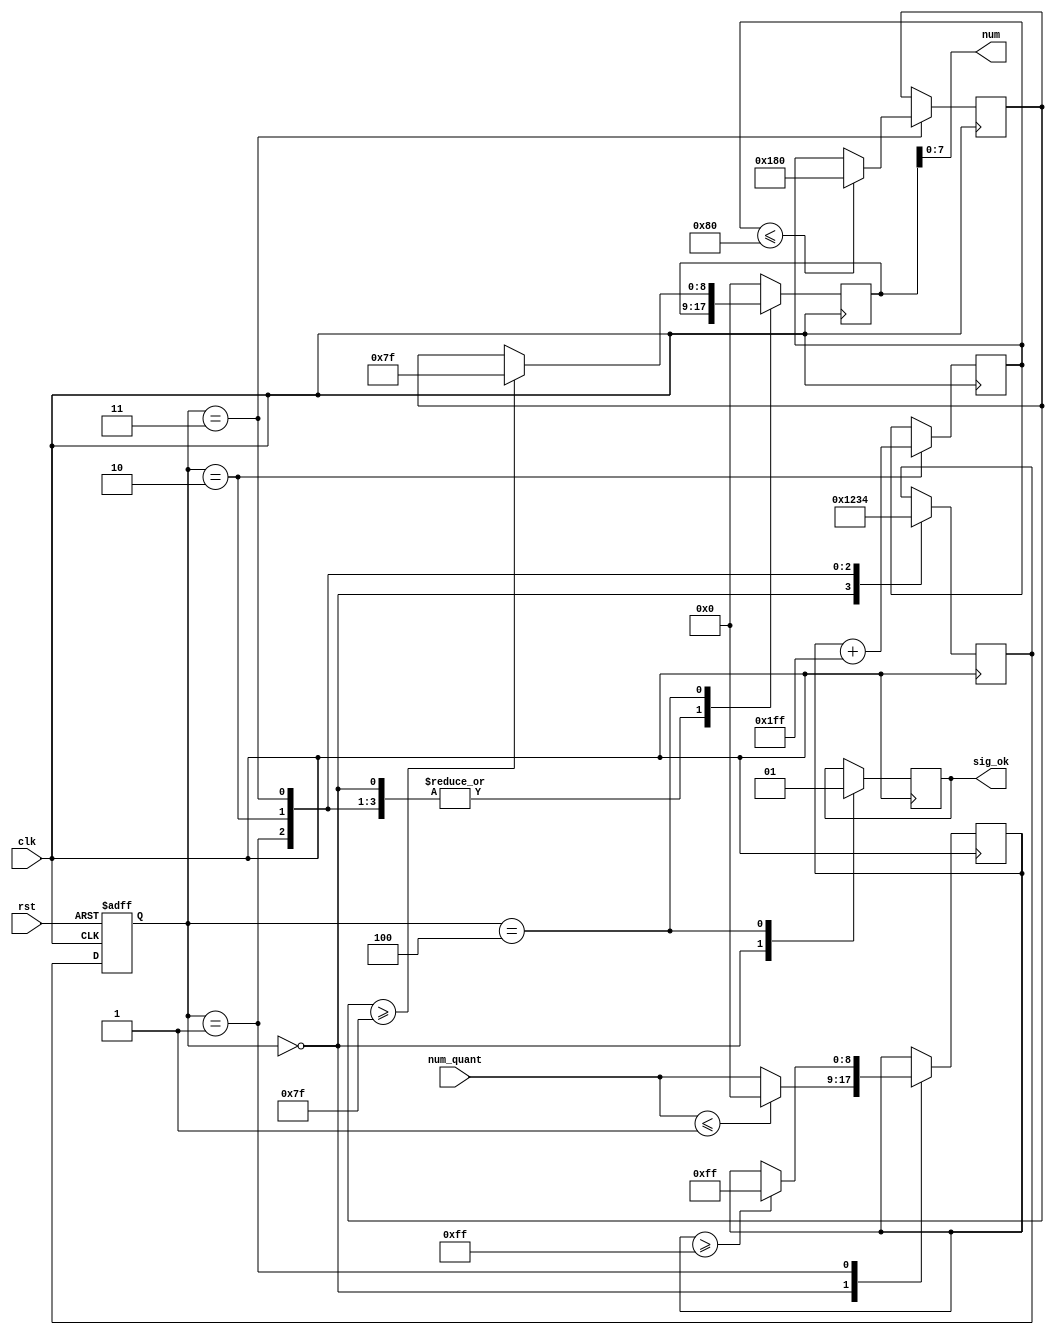
`timescale 1ns / 1ps
//////////////////////////////////////////////////////////////////////////////////
// Company: 
// Engineer: 
// 
// Design Name: 
// Module Name: ReLu
// Project Name: 
// Target Devices: 
// Tool Versions: 
// Description: 
// 
// Dependencies: 
// 
// Revision:
// Revision 0.01 - File Created
// Additional Comments:
// 
//////////////////////////////////////////////////////////////////////////////////


module ReLu
#(
    parameter s0 = 4'b0000, s1 = 4'b0001, s2 = 4'b0010, s3 = 4'b0011, s4 = 4'b0100,
    parameter s5 = 4'b0101, s6 = 4'b0110, s7 = 4'b0111, s8 = 4'b1000, s9 = 4'b1001,
    parameter s10 = 4'b1010, s11 = 4'b1011, s12 = 4'b1100, s13 = 4'b1101, s14 = 4'b1110,
    
    //quantization
    parameter q = 64'd2014687024, //q = 31'b1111000000101011010111100110000
    parameter mask = 8'd255,
    parameter zero = 1'd0,
    parameter one = 1'd1,
    parameter offset_ent = 6,
    parameter offset_sor = -1
)
(
    input clk, rst, 
    input [8:0] num_quant, 
    output [7:0] num, 
    output sig_ok
);

    reg [8:0] aux_num;
    reg [8:0] aux_num2;
    reg [8:0] aux_num3;
    reg [8:0] aux_num4;
    reg       aux_ok;
    reg [3:0] present_state, next_state; 
    
    initial
    begin
        aux_num4 = 0;
    end  

    always @(posedge clk or posedge rst) //Present estate // always @(clk) //Present estate 
    begin
        if(rst)
        begin
            present_state <= s0;
    
        end
        else
        begin
            present_state <= next_state;
        end    
    end    

    always @(posedge clk) //always @(*)
    begin
        case(present_state)
            s0:
                next_state <= s1;                
            s1:
                next_state <= s2;
            s2:
                next_state <= s3;
            s3:
                next_state <= s4;                                
                                
        endcase                
    end


    always @ (posedge clk) begin //always @ (*) begin
      case (present_state)
        s0: begin
                if($signed(num_quant) <= $signed(-8'd1))
                    aux_num <= 0;
                else    
                    aux_num <= num_quant;
                aux_ok <= 0;    
            end          
        s1: begin
                if(aux_num >= 8'd255)
                   aux_num <= 8'd255; //+ offset_sor;
            end
        s2: begin
                aux_num2 <= $signed(aux_num + offset_sor);
            end 
        s3: begin
                if($signed(aux_num2) <= $signed(-8'd128))
                    aux_num3 <= -8'd128;
                else
                    aux_num3 <=  aux_num2;    
            end           
        s4: begin
                if($signed(aux_num3) >= $signed(8'd127))
                    aux_num4 <= 8'd127;
                else
                    aux_num4 <= aux_num3;     
                aux_ok <= 1;    
            end 
        default: aux_num4 <= 0;                 
      endcase 
    end 

    assign num = aux_num4;
    assign sig_ok = aux_ok;  


endmodule